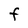
Character: F